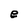
Character: e